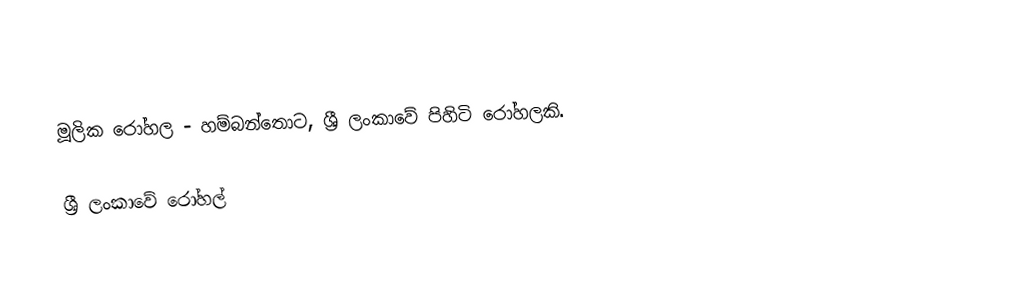
මූලික රෝහල - හම්බන්තොට, ශ්‍රී ලංකාවේ පිහිටි රෝහලකි.

ශ්‍රී ලංකාවේ රෝහල්